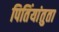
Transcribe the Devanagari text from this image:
पितिंयांतुता